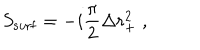
S _ { \mathrm { s u r f } } = - i { \frac { \pi } { 2 } } \Delta r _ { + } ^ { 2 } \; ,